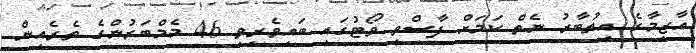
އާޒިމާގެ އިތުބާރު ނެތް ކަމަށް ފާސްވީ ވޯޓުގައި ބައިވެރިވި 46 މެމްބަރުންގެ ތެރެއިން